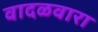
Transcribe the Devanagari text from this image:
वादळवारा